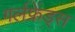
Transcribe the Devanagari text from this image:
गर्लफ्रेंड्स